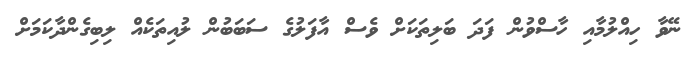
ނޭވާ ހިއްލުމާއި ހާސްވުން ފަދަ ބަލިތަކަށް ވެސް އާފަލުގެ ސަބަބުން ލުއިތަކެއް ލިބިގެންދާކަމަށް